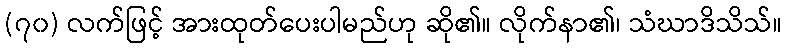
(၇၀) လက်ဖြင့် အားထုတ်ပေးပါမည်ဟု ဆို၏။ လိုက်နာ၏၊ သံဃာဒိသိသ်။